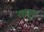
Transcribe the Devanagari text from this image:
यमुन